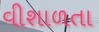
વીશાળતા